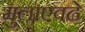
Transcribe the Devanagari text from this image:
मुलाएवढे